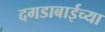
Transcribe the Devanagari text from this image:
दगडाबाईच्या